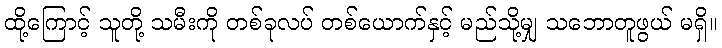
ထို့ကြောင့် သူတို့ သမီးကို တစ်ခုလပ် တစ်ယောက်နှင့် မည်သို့မျှ သဘောတူဖွယ် မရှိ။